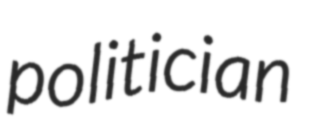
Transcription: politician